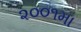
૨૦૦૧મા